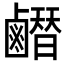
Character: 𪊂